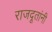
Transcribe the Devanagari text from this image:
राजदूतांनी